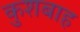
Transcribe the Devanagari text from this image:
कुशबाह